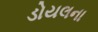
ડોયલના